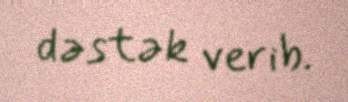
dəstək verib.